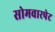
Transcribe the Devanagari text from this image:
सोमवारपेट